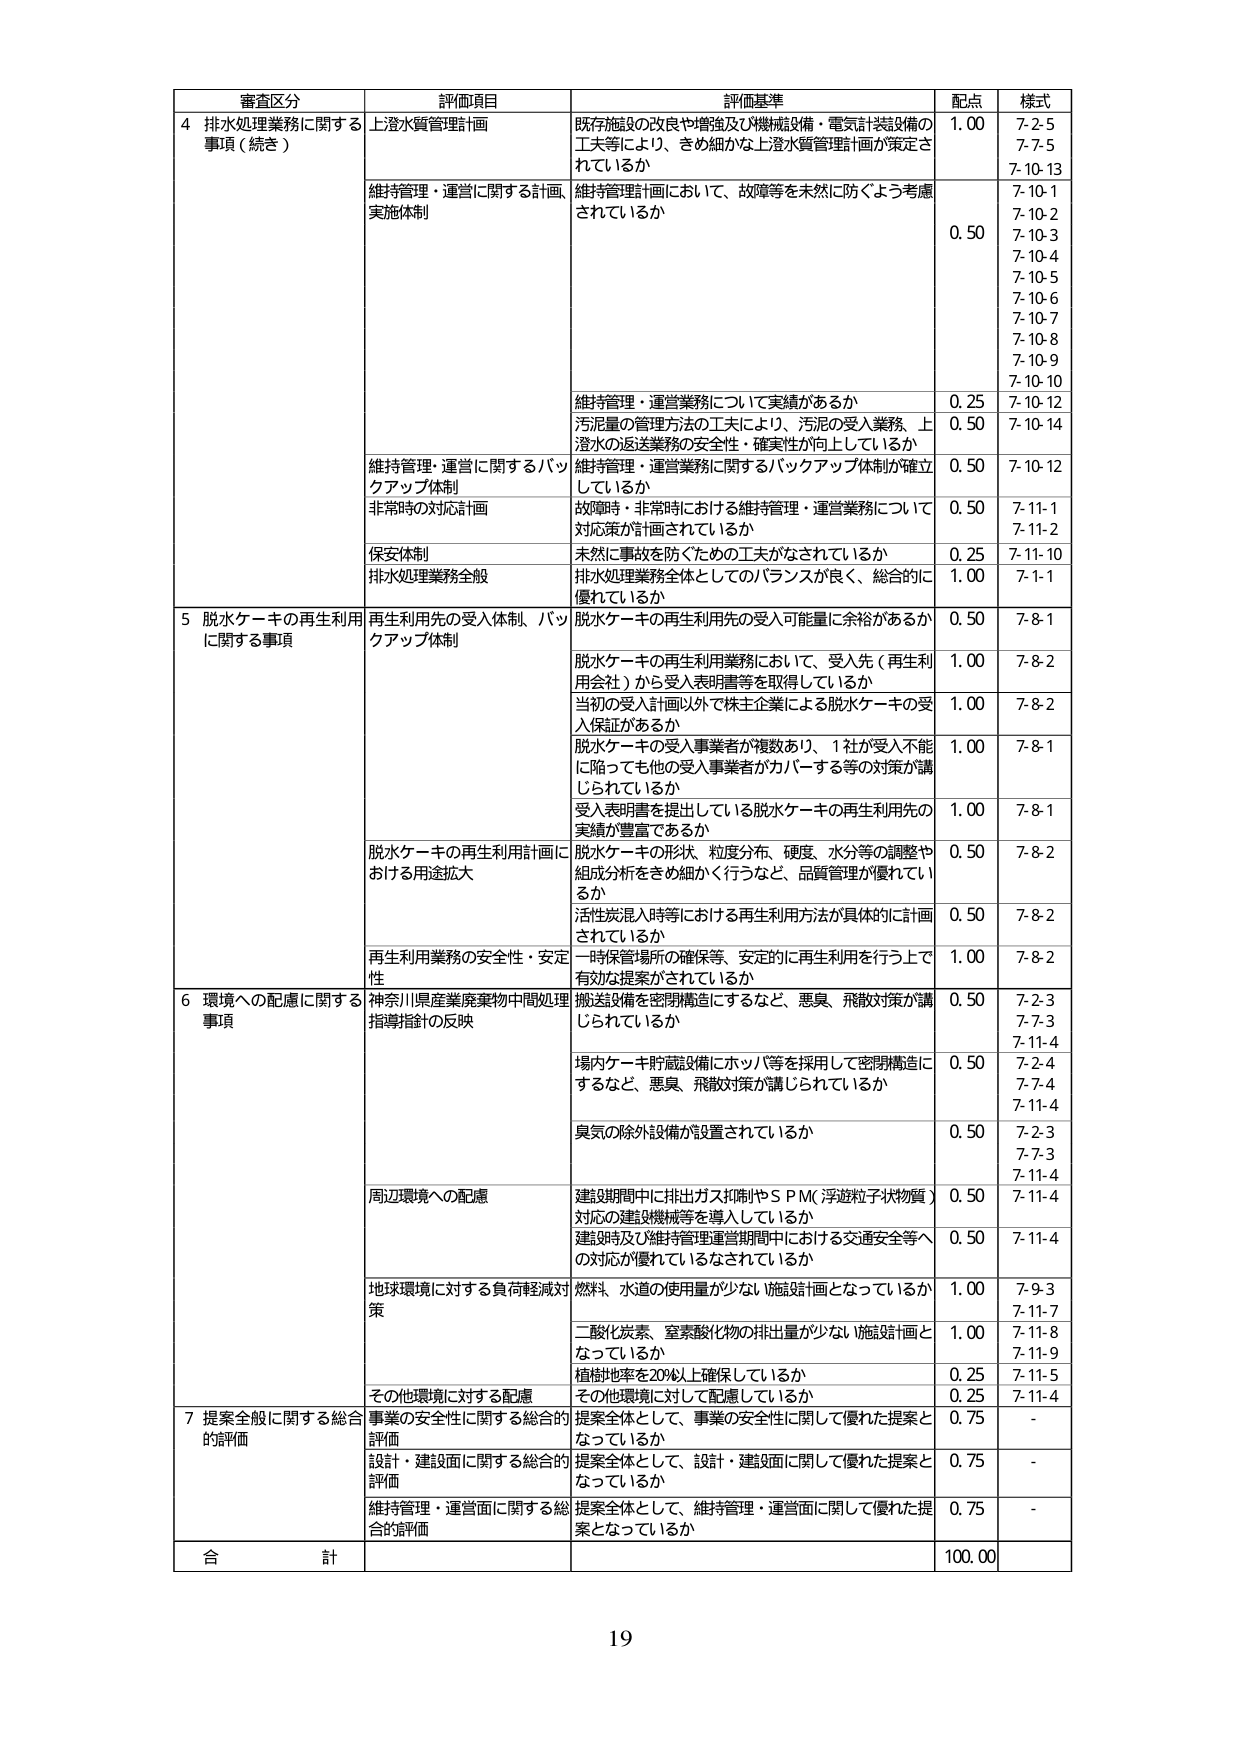
審査区分 評価項目 評価基準 配点 様式
4 排水処理業務に関する 上澄水質管理計画 既存施設の改良や増強及び機械設備・電気計装設備の 1.00 7-2-5
事項（続き） 工夫等により、きめ細かな上澄水質管理計画が策定さ 7-7-5
れているか 7-10-13
維持管理・運営に関する計画、 維持管理計画において、故障等を未然に防ぐよう考慮 0.50 7-10-1
実施体制 されているか 7-10-2
7-10-3
7-10-4
7-10-5
7-10-6
7-10-7
7-10-8
7-10-9
7-10-10
維持管理・運営業務について実績があるか 0.25 7-10-12
汚泥量の管理方法の工夫により、汚泥の受入業務、上 0.50 7-10-14
澄水の返送業務の安全性・確実性が向上しているか
維持管理・運営に関するバックアップ体制 維持管理・運営業務に関するバックアップ体制が確立 0.50 7-10-12
しているか
非常時の対応計画 故障時・非常時における維持管理・運営業務について 0.50 7-11-1
対応策が計画されているか 7-11-2
保安体制 未然に事故を防ぐための工夫がなされているか 0.25 7-11-10
排水処理業務全般 排水処理業務全体としてのバランスが良く、総合的に 1.00 7-1-1
優れているか
5 脱水ケーキの再生利用 再生利用先の受入体制、バックアップ体制 脱水ケーキの再生利用先の受入可能量に余裕があるか 0.50 7-8-1
に関する事項
脱水ケーキの再生利用業務において、受入先（再生利 1.00 7-8-2
用会社）から受入表明書等を取得しているか
当初の受入計画以外で株主企業による脱水ケーキの受 1.00 7-8-2
入保証があるか
脱水ケーキの受入事業者が複数あり、1社が受入不能 1.00 7-8-1
に陥っても他の受入事業者がカバーする等の対策が講
じられているか
受入表明書を提出している脱水ケーキの再生利用先の 1.00 7-8-1
実績が豊富であるか
脱水ケーキの再生利用計画における用途拡大 脱水ケーキの形状、粒度分布、硬度、水分等の調整や 0.50 7-8-2
組成分析をきめ細かく行うなど、品質管理が優れてい
るか
活性炭混入時等における再生利用方法が具体的に計画 0.50 7-8-2
されているか
再生利用業務の安全性・安定性 一時保管場所の確保等、安定的に再生利用を行う上で 1.00 7-8-2
有効な提案がされているか
6 環境への配慮に関する 神奈川県産業廃棄物中間処理 指導指針の反映 搬送設備を密閉構造にするなど、悪臭、飛散対策が講 0.50 7-2-3
事項 じられているか 7-7-3
7-11-4
場内ケーキ貯蔵設備にホッパ等を採用して密閉構造に 0.50 7-2-4
するなど、悪臭、飛散対策が講じられているか 7-7-4
7-11-4
臭気の除外設備が設置されているか 0.50 7-2-3
7-7-3
7-11-4
周辺環境への配慮 建設期間中に排出ガス抑制やＳＰＭ（浮遊粒子状物質） 0.50 7-11-4
対応の建設機械等を導入しているか
建設時及び維持管理運営期間中における交通安全等へ 0.50 7-11-4
の対応が優れているなされているか
地球環境に対する負荷軽減対策 燃料、水道の使用量が少ない施設計画となっているか 1.00 7-9-3
7-11-7
二酸化炭素、窒素酸化物の排出量が少ない施設計画と 1.00 7-11-8
なっているか 7-11-9
植栽地率を20%以上確保しているか 0.25 7-11-5
その他環境に対する配慮 その他環境に対して配慮しているか 0.25 7-11-4
7 提案全般に関する総合的評価 事業の安全性に関する総合的評価 提案全体として、事業の安全性に関して優れた提案と 0.75 -
なっているか
設計・建設面に関する総合的評価 提案全体として、設計・建設面に関して優れた提案と 0.75 -
なっているか
維持管理・運営面に関する総合的評価 提案全体として、維持管理・運営面に関して優れた提 0.75 -
案となっているか
合 計 100.00
19